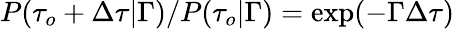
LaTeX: P(\tau_{o}+\Delta\tau\vert\Gamma)/P(\tau_{o}\vert\Gamma)=\exp(-\Gamma\Delta\tau)